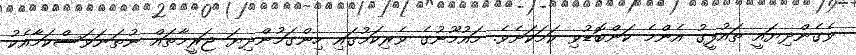
ވެގެންދިޔައީ ތައުފީގު އެންމެ ކަންބޮޑުވި ކަމަކަށެވެ. މައުމޫނުގެ ވެރިކަމުގައި ހިންގަމުންދިޔަ ޖަރީމާތައް ނުތަނަވަސްކަމާއެކު